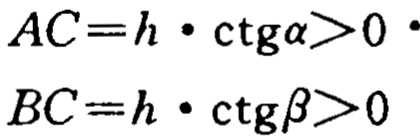
\[

\begin{align*}

AC&=h\cdot\mathrm{ctg}\alpha>0\\

BC&=h\cdot\mathrm{ctg}\beta>0

\end{align*}

\]